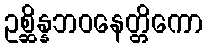
ဥစ္ဆိန္နဘဝနေတ္တိကော